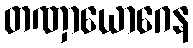
တဏှာယောဂေန